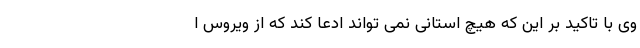
وی با تاکید بر این که هیچ استانی نمی تواند ادعا کند که از ویروس ا